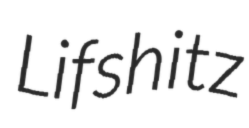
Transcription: Lifshitz